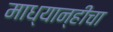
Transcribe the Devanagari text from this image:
माध्यान्हीचा